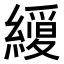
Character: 𮉆